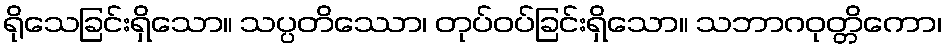
ရိုသေခြင်းရှိသော။ သပ္ပတိဿော၊ တုပ်ဝပ်ခြင်းရှိသော။ သဘာဂဝုတ္တိကော၊